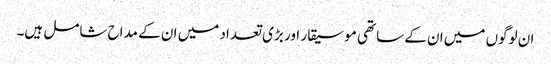
ان لوگوں میں ان کے ساتھی موسیقار اور بڑی تعداد میں ان کے مداح شامل ہیں۔